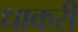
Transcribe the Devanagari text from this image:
धाकरी